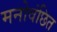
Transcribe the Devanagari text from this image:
मनोवंछित